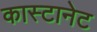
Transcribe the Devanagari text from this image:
कास्टानेट